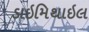
ડાઇમિથાઇલ